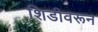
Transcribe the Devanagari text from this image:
शिडीवरून